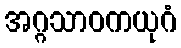
အဂ္ဂသာဝကယုဂံ